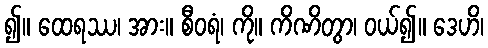
၍။ ထေရဿ၊ အား။ စီဝရံ၊ ကို။ ကိဏိတွာ၊ ဝယ်၍။ ဒေဟိ၊